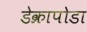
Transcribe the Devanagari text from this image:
डेक्रापोडा